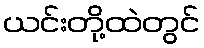
ယင်းတို့ထဲတွင်